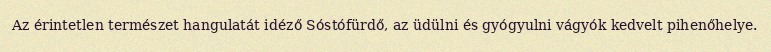
Az érintetlen természet hangulatát idéző Sóstófürdő, az üdülni és gyógyulni vágyók kedvelt pihenőhelye.